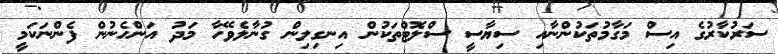
ސަރުކާރުގެ އިސް މަގާމުތަކުންނާއި ސިޔާސީ ސްލޮޓްތަކުން އިނގިލިން ގުނާލެވޭހާ މަދު އަންހެނުން ފެންނަކަމީ